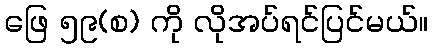
ဖြေ ၅၉(စ) ကို လိုအပ်ရင်ပြင်မယ်။